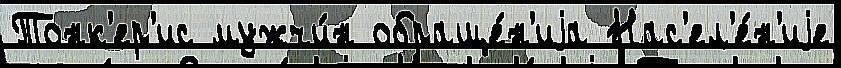
Тонк'ер'ис мужчи́н обраще́н'иjа Нас'ел'е́н'иjе